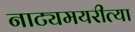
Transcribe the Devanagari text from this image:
नाट्यमयरीत्या